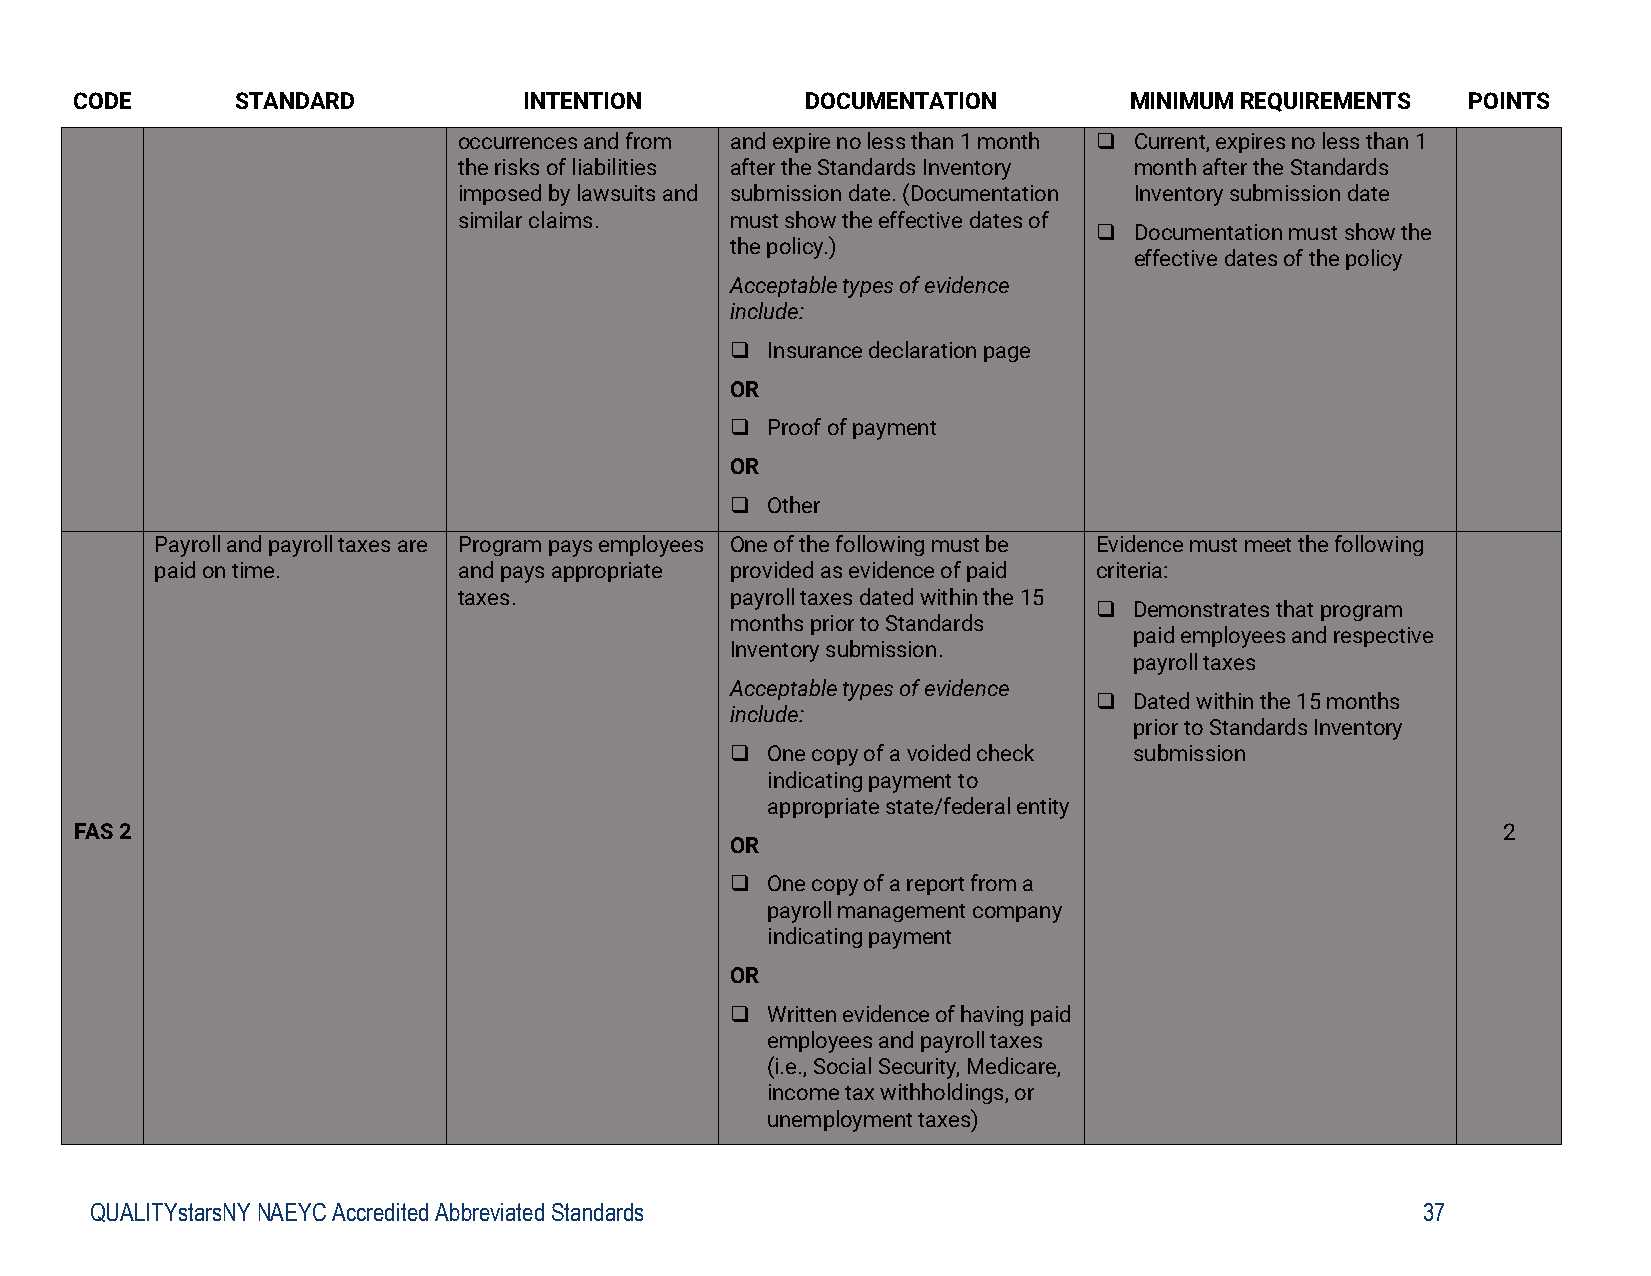
CODE       STANDARD           INTENTION         DOCUMENTATION         MINIMUM REQUIREMENTS  POINTS
 occurrences and from and expire no less than 1 month  Current, expires no less than 1
 the risks of liabilities after the Standards Inventory month after the Standards
 imposed by lawsuits and submission date. (Documentation Inventory submission date
 similar claims.   must show the effective dates of
  Documentation must show the
 the policy.)
 effective dates of the policy
 Acceptable types of evidence
 include:
   Insurance declaration page
 OR
   Proof of payment
 OR
   Other
 Payroll and payroll taxes are Program pays employees One of the following must be Evidence must meet the following
 paid on time.       and pays appropriate provided as evidence of paid criteria:
 taxes.            payroll taxes dated within the 15
  Demonstrates that program
 months prior to Standards
 paid employees and respective
 Inventory submission.
 payroll taxes
 Acceptable types of evidence
  Dated within the 15 months
 include:
 prior to Standards Inventory
   One copy of a voided check submission
 indicating payment to
 appropriate state/federal entity
 FAS 2                                                                                         2
 OR
   One copy of a report from a
 payroll management company
 indicating payment
 OR
   Written evidence of having paid
 employees and payroll taxes
 (i.e., Social Security, Medicare,
 income tax withholdings, or
 unemployment taxes)
 QUALITYstarsNY NAEYC Accredited Abbreviated Standards                                   37